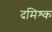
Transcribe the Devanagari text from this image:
दमिश्‍क